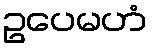
ဥပေမဟံ